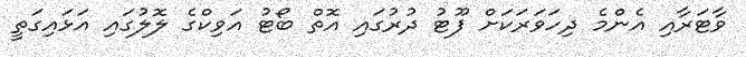
ވާޓަރާއި އެންމެ ދިހަވަރަކަށް ފޫޓު ދުރުގައި އޮތް ބޯޓު އަވިކްގެ ލޮލުގައި އަޅައިގަތީ